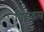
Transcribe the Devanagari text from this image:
विद्युद्वल